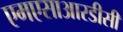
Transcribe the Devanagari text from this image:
एमएसाआरडीसी